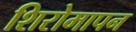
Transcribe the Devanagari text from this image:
शिरोमापन